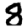
Digit: 8